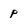
Character: p